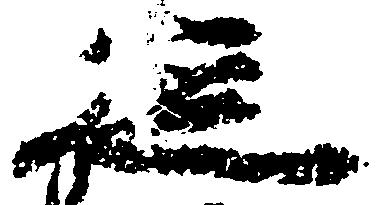
従